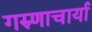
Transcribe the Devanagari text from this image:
गरुणाचार्या